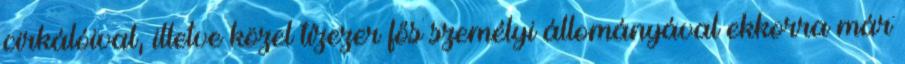
cirkálóival, illetve közel tízezer fős személyi állományával ekkorra már